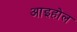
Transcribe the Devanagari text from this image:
आइहोल